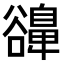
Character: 𧯔